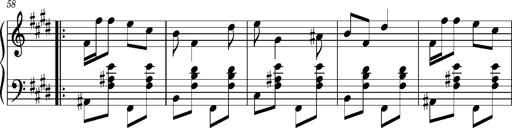
Title: Ungarischer Romanzero
Composer: Franz Liszt